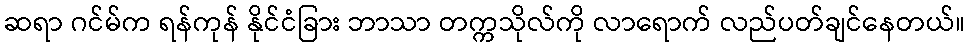
ဆရာ ဂင်မ်က ရန်ကုန် နိုင်ငံခြား ဘာသာ တက္ကသိုလ်ကို လာရောက် လည်ပတ်ချင်နေတယ်။